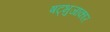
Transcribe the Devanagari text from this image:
षट्भुजाकार